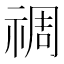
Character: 禂